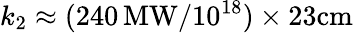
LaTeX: k_{2}\approx(240\, \mathrm{MW}/10^{18})\times 23\mathrm{cm}